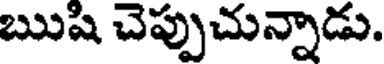
ఋషి చెప్పుచున్నాడు.